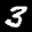
Label: 3